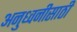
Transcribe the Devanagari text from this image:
अनुध्वनीसाठी